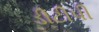
ડીટીપી